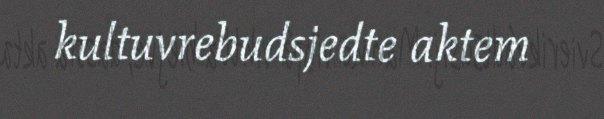
kultuvrebudsjedte aktem